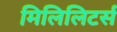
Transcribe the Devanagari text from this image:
मिलिलिटर्स